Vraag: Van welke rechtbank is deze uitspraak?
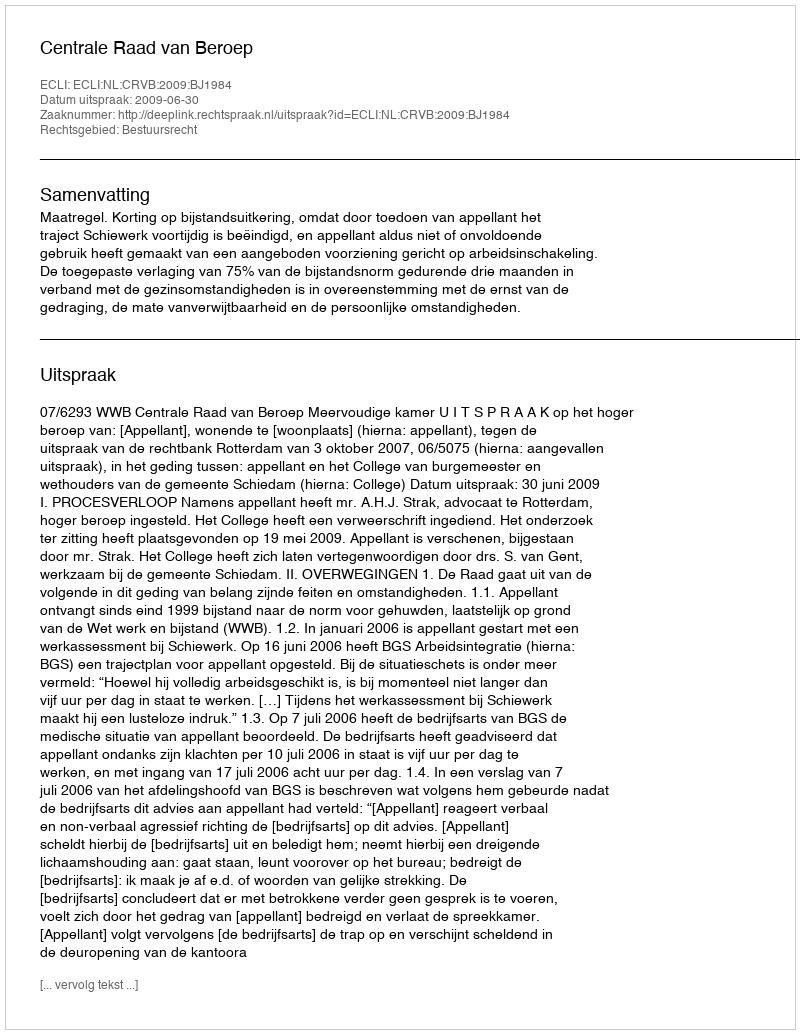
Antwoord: Centrale Raad van Beroep